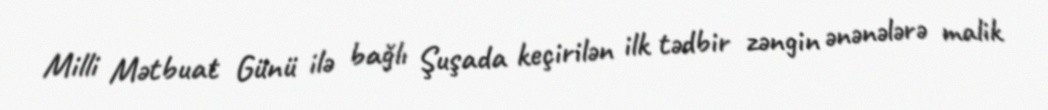
Milli Mətbuat Günü ilə bağlı Şuşada keçirilən ilk tədbir zəngin ənənələrə malik